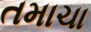
તમાચા